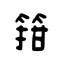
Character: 箝